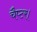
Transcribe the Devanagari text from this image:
चैप्टर।